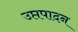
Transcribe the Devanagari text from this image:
उप्तपादन